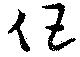
倡